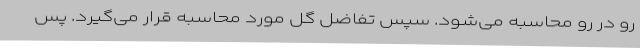
رو در رو محاسبه می‌شود. سپس تفاضل گل مورد محاسبه قرار می‌گیرد. پس